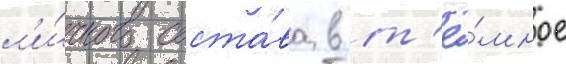
л'и́чного соста́ва в т'ё́мное